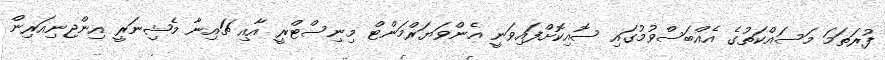
ފުރަތަމަ މަސައްކަތުގެ އެއްބަސްވުމުގައި ސޮއިކޮށްފައިވަނީ އެންވަޔަރްމަންޓް މިނިސްޓްރީ އާއި ޗައިނާ މެޝިނަރީ އިންޖިނިއަރިން